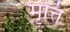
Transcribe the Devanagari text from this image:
मृत्ति